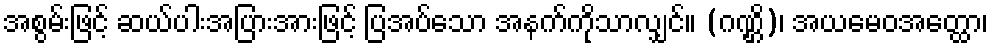
အစွမ်းဖြင့် ဆယ်ပါးအပြားအားဖြင့် ပြအပ်သော အနက်ကိုသာလျှင်။ (ဂဏ္ဌိ)၊ အယမေဝအတ္ထော၊